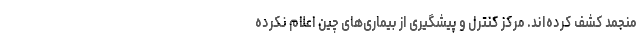
منجمد کشف کرده‌اند. مرکز کنترل و پیشگیری از بیماری‌های چین اعلام نکرده